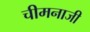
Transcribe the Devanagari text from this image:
चीमनाजी